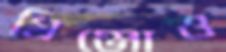
গ্রিঞ্জোও